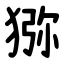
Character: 猕